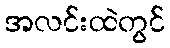
အလင်းထဲတွင်